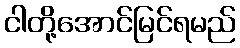
ငါတို့အောင်မြင်ရမည်